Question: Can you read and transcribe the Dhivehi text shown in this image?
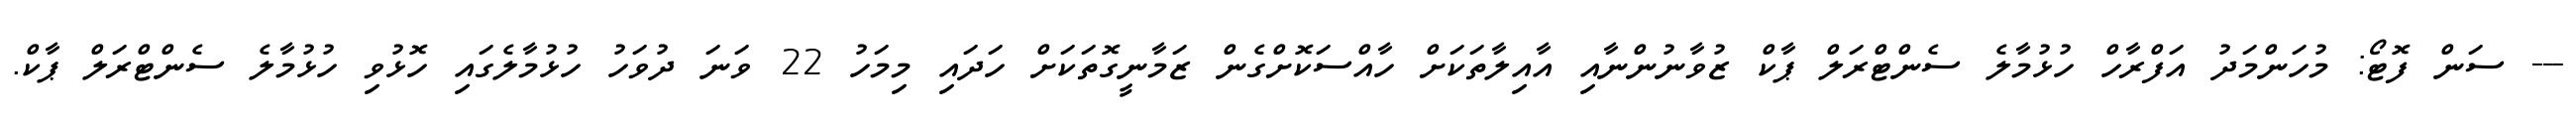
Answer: --- ސަން ފޮޓޯ: މުހަންމަދު އަފްރާހް ހުޅުމާލެ ސެންޓްރަލް ޕާކް ޒުވާނުންނާއި އާއިލާތަކަށް ހާއްސަކޮށްގެން ޒަމާނީގޮތަކަށް ހަދައި މިމަހު 22 ވަނަ ދުވަހު ހުޅުމާލެގައި ހޮޅުވި ހުޅުމާލެ ސެންޓްރަލް ޕާކް.